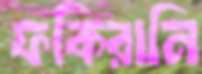
ফকিরানি